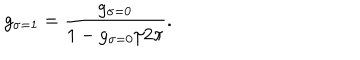
LaTeX: g _ { \sigma = 1 } = \frac { g _ { \sigma = 0 } } { 1 - g _ { \sigma = 0 } / 2 \pi } .